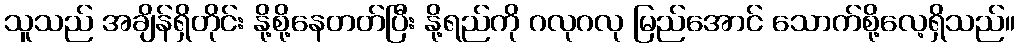
သူသည် အချိန်ရှိတိုင်း နို့စို့နေတတ်ပြီး နို့ရည်ကို ဂလုဂလု မြည်အောင် သောက်စို့လေ့ရှိသည်။